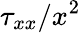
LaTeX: \tau_{xx}/x^{2}